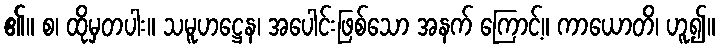
၏။ စ၊ ထိုမှတပါး။ သမူဟဋ္ဌေန၊ အပေါင်းဖြစ်သော အနက် ကြောင့်။ ကာယောတိ၊ ဟူ၍။